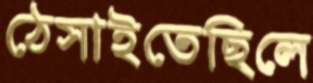
ঠেসাইতেছিলে